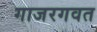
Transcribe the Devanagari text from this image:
गाजरगवत